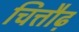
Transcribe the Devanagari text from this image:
चित्तौढ़